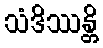
သံဒိဿန္တိ